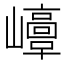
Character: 𡾘